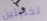
تختبئين